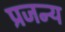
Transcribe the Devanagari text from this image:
प्रजन्य